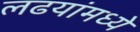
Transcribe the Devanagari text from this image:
लढयांमध्ये